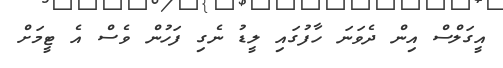
އީގަލްސް އިން ދެވަނަ ހާފުގައި ލީޑު ނެގި ފަހުން ވެސް އެ ޓީމަށް